Vaccination in Bombay 1869-1873 - 1869-1873
Year: 1869
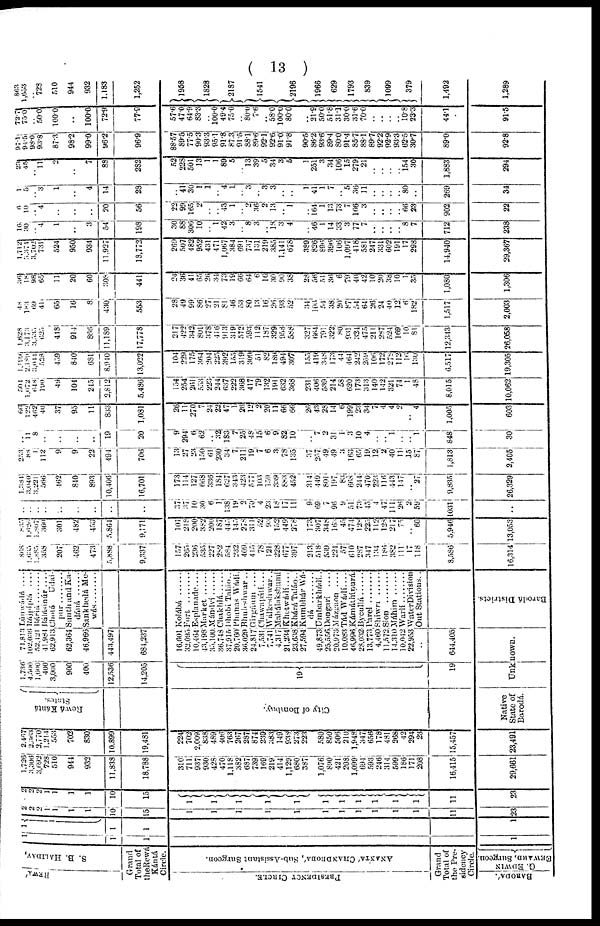
( 13 )
REWA'
S. B. HALIDAY,
Grand
Total of
theRewá
Kántá
Circle.
PRESIDENCY CIRCLE.
ANANTA' CHANDROBA', Sub-Assistant Surgeon.
Grand
Total of
the Pre¬
sidency
Circle.
BARODA'.
G. EDWIN
EEWARD, Surgeon.
1
1
1
1
1
1
1
1
1
2
2
2 1
1
1
1
10
15
1
1
1
1
1
1
1
1
1
1
1
1
23
2
2
2 1
1
1
1
10
15
1
1
1
1
1
1
1
1
1
1
1
11
23
1,726
3,306
3,692
728
510
944
932
11,833
18,788
310
711
937
930
428
470
1,118
382
687
739
169
219
414
1,129
680
387
1,076
890
421
208
1,099
694
593
246
314
599
186
171
208
16,415
29,661
2,467
2,363
2,770
1,214
553
702
830
10,899
19,481
224
702
2,009
838
489
406
763
267
287
874
239
383
149
938
273
223
580
850
506
210
1,948
347
656
178
481
268
42
294
23
15,457
23,491
Rewá Kántá
States.
City of Bombay.
Native
State of
Barodá.
1,736
4,500
1,600
400
3,000
900
400
12,536
14,205
19
19
71,813
102,036
52,121
41,984
62,913
62,364
46,966
443,497
684,237
16,601
32,095
10,464
43,198
35,100
36,748
37,915
20,760
36,029
24,817
7,531
7,741
4,317
21,234
23,638
27,594
49,873
25,556
20,973
10,083
46,996
28,032
13,773
4,460
11,572
14,310
10,012
22,953
..
644,405
Unknown.
Lúawádá ....
Rájpípla ....
Báriá ..........
Bálásinúr ....
Chotá Udai¬
pur ..........
Sunth and Ka¬
dáná ......
Sankhedá Me¬
wás........
Kolábá ......
Fort
........
Esplanade....
Market
Mándvi......
Chakhlá....
Dhobi Talào..
Phanas Wádí.
Bhuleshwar..
Girgáum ....
Chawapátá....
Wálkeshwar..
Mahálakshumí
Khetwádí....
Khárá Taláo..
Kumbhár Wá¬
dá
..........
Umbarkhádí..
Dongarí
....
Mázgaon
....
Tád Wádí....
Kámáthípurá.
Bycullá
........
Parel
..........
Shiwri
......
Sion
........
Máhim
......
Warlí........
WaterDivision
Out Stations..
Barodá Districts.
868
1,635i
1,885
358
207
462
473
5,888
9,337
157
265
236
535
227
282
584
232
409
415
78
121
228
677
397
213
518
539
224
57
610
287
347
134
186
382
111
17
118
8,586
16,314
835
1,626
1,807
360
301
482
453
5,864
9,171
101
218
200
382
200
187
445
145
278
311
52
93
152
449
278
173
307
348
163
45
474
128
225
112
128
217
75
..
60
5,946
13,053
..
..
..
..
..
..
..
..
..
37
37
10
30
6
1
138
19
2
70
4
23
18
17
11
9
69
7
96
9
51
73
45
4
47
111
26
2
59
1031
..
1,384
3,040
3,221
566
162
840
893
10,406
16,701
173
114
127
668
336
184
627
343
423
577
103
159
339
883
452
314
449
801
197
83
668
244
470
223
116
443
147
.. 27
9,835
26,329
253
88
1
112
9
9
22
494
706
13
27
23
150
6
230
34
7
211
19
7
6
3
78
135
37
257
49
49
3
163
65
19
12
2
40
11
15
87
1,813
2,405
.. 11
8
..
..
..
..
19
20
9
294
6
62
..
32
183
7
25
48
15
6
9
82
10
.. 7
2
31
1
3
10
4
.. ..
1
..
..
1
848
30
66
122
462
40
37
95
11
833
1,081
26
11
270
7
24
22
47
1
26
12
2
20
11
66
66
26
43
28
14
6
199
23
34
7
4
4
2
..
4
1,005
603
50
1,072
648
190
49
104
245
2,812
5,486
154
254
261
553
223
244
637
222
368
417
79
132
191
632
368
231
406
539
214
58
620
173
313
140
142
321
74
1
48
8,015
10,062
1,199
2,189
3,014l
528
459
840
681
8,940
13,022
104
229
175
364
204
225
392
155
319
309
51
82
189
494
307
155
419
348
173
44
464
242
259
106
172
278
112
16
130
6,517
19,305
1,628
3,173
3,535
625
418
914
866
11,189
17,778
217
422
342
801
378
416
913
319
512
593
112
187
329
958
588
327 664
791
322
80
931
324
475
211
287
524
169
10
81
12,343
26,058
48
183
69
41
65
16
8
430
553
28
49
99
86
27
21
81
46
53
80
13
16
26
93
52
34
106
54
38
20
87
54
64
26
24
40
12
6
182
1,517
2,003
36
18
98
65
11
20
60
308
441
24
36
41
65
26
34
73
19
66
64
6
16
30
90
38
28
56
51
36
6
79
40
42
10
20
38
10
1
35
1,080
1,306
1,712
3,374
3,702
731
524
950
934
11,927
18,772
269
507
482
952
431
471
1,067
384
691
737
131
219
385
1,141
678
389
826
896
396
106
1,097
418
581
247
331
602
191
17
298
14,940
29,367
16
30
.. 4
1
..
3
54
198
30
88
306
10
.. 1
42
3 ..
8
3
..
18
3
4
..
46
1
14
33
3
77
7
..
..
..
..
8
7
712
238
6
10
.. 4
..
..
..
20
56
22
99
165
2
..
.. 43
1
..
2
36
2
13
..
1
..
164
1
13
73
7
166
3
..
..
..
..
66
23
902
22
1
5
.. 3
1
..
4
14
28
..
41
30
1
1
.. 4
1
..
3
..
3
3
..
..
1
41
1
7
..
5
36
11
..
..
..
..
80
..
269
34
23
45
.. 11
2
..
7
88
282
52
228
501
13
1
1
89
5
..
13
39
5
34
3
5
1
251
3
34
106
15
279
21
..
..
..
..
154
30
1,883
294
97.1
94.5
98.0
93.8
87.3
98.2
99.0
96.2
96.9
88.57
89.5
77.5
90.3
93.3
95.1
91.8
87.3
91.5
88.1
89.6
92.1
92.6
91.0
92.8
90.5
86.2
93.6
89.4
80.0
91.4
85.7
88.1
89.7
92.2
92.9
93.3
62.5
30.7
89.0
92.8
72.7
75.0
.. 50.0
100.0
..
100.0
72.9
77.9
57.6
47.0
64.9
83.3
.. 100.0
49.4
75.0
..
80.0
7.6
..
58.0
100.0
80.0
..
21.9
50.0
51.8
31.1
30.0
31.6
70.0
..
..
..
..
10.8
23.3
44.1
91.5
863
1,653
.. 728
510
944
932
1,183
1,252
l958
l828
2187
15411
2196
1966
629
1793
839
1099
379
1,492
1,289